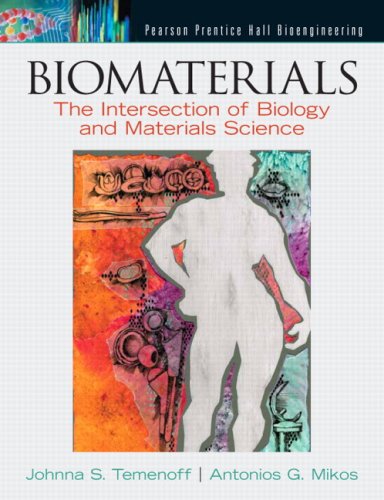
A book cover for Biomaterials: The Intersection of Biology and Materials Science; Johnna S. Temenoff; Medical Books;